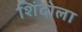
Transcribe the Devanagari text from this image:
शिंदोला